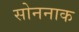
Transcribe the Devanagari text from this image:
सोननाक